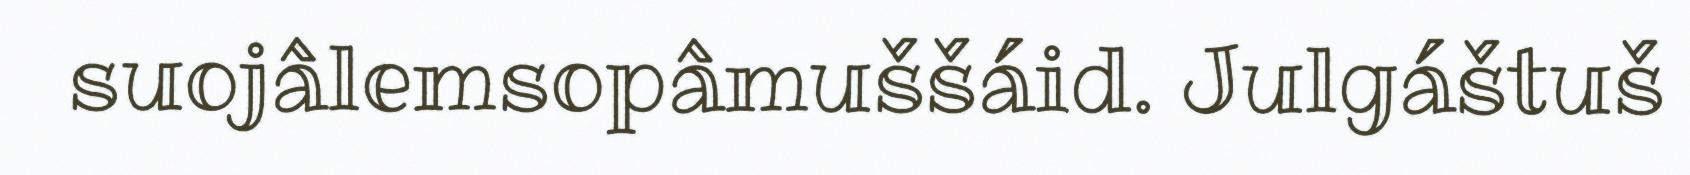
suojâlemsopâmuššáid. Julgáštuš